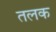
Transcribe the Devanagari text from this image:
तलक